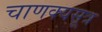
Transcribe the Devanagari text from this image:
चाणक्यसूत्र